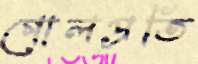
গোলপ্রতি